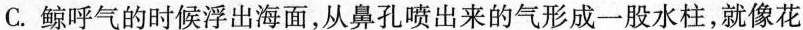
C.鲸呼气的时候浮出海面，从鼻孔喷出来的气形成一股水柱，就像花